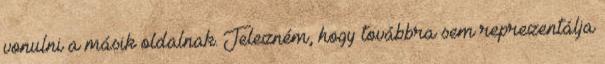
vonulni a másik oldalnak. Jelezném, hogy továbbra sem reprezentálja